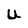
Character: U